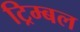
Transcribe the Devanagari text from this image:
ट्रिम्बल